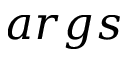
a r g s